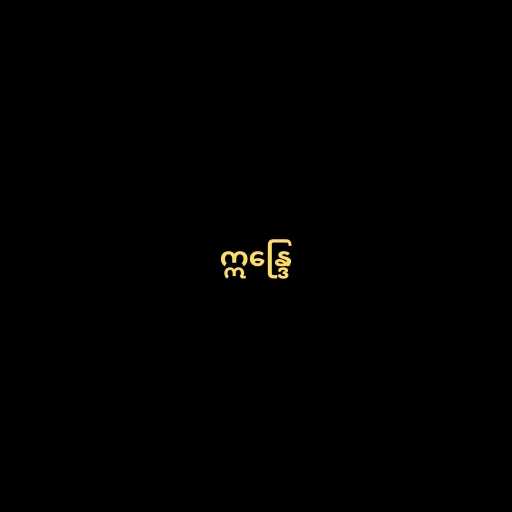
ဣန္ဒြေ